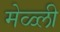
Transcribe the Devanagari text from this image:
मेळ्ली